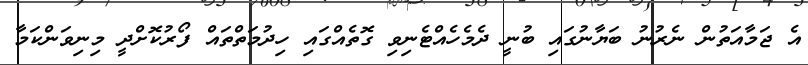
އެ ޖަމާއަތުން ނެރުނު ބަޔާނުގައި ބުނީ ދެމެހެއްޓެނިވި ގޮތެއްގައި ހިދުމަތްތައް ފޯރުކޮށްދީ މިނިވަންކަމާ